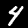
Digit: 4